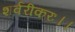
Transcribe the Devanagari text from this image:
शर्वरीकरः।।